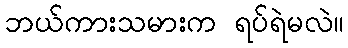
ဘယ်ကားသမားက ရပ်ရဲမလဲ။